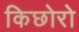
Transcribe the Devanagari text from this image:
किछोरो